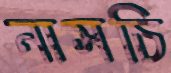
নাসচি